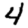
Digit: 4